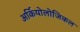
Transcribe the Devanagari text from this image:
अर्कियोलोजिकल